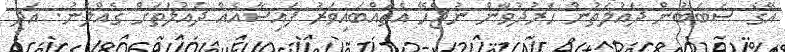
އޭގެ ސަބަބުން ދައުލަތުން ހަރުދުވާން ނުޖެހޭ އެތައްބައިވަރު ފައިސާއެއް ދައުލަތަށް ގެއްލުނު. އަދި